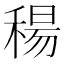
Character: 𥠜